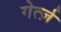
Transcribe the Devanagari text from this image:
गेर्त्ज़